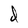
Character: d